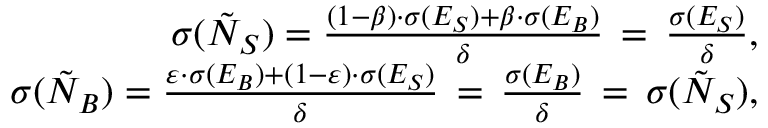
\begin{array} { r l r } & { } & { \sigma ( \tilde { N } _ { S } ) = \frac { ( 1 - \beta ) \cdot \sigma ( E _ { S } ) + \beta \cdot \sigma ( E _ { B } ) } { \delta } \, = \, \frac { \sigma ( E _ { S } ) } { \delta } , } \\ & { } & { \sigma ( \tilde { N } _ { B } ) = \frac { \varepsilon \cdot \sigma ( E _ { B } ) + ( 1 - \varepsilon ) \cdot \sigma ( E _ { S } ) } { \delta } \, = \, \frac { \sigma ( E _ { B } ) } { \delta } \, = \, \sigma ( \tilde { N } _ { S } ) , } \end{array}